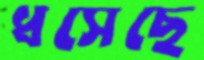
ধসেছে